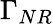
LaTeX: \Gamma_{NR}